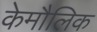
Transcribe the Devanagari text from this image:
केमौलिक